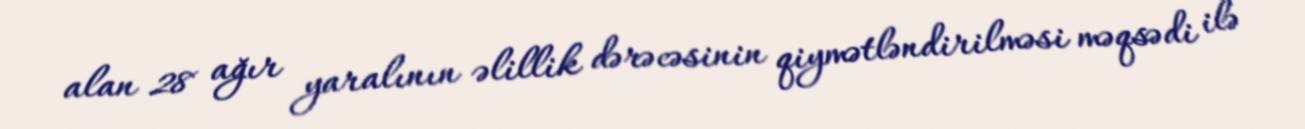
alan 28 ağır yaralının əlillik dərəcəsinin qiymətləndirilməsi məqsədi ilə